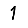
Digit: 1